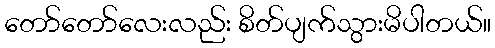
တော်တော်လေးလည်း စိတ်ပျက်သွားမိပါတယ်။